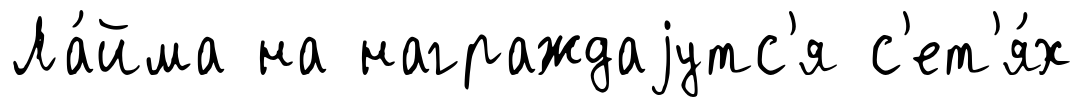
Ла́йма на награждаjутс'я с'ет'я́х